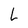
Character: L